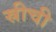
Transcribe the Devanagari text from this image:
स्रीची